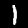
Digit: 1